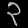
Digit: ၃